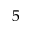
5